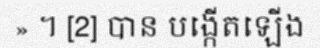
» ។ [2] បាន បង្កើតឡើង